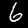
Digit: 6